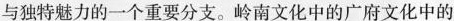
与独特魅力的一个重要分支。岭南文化中的广府文化中的